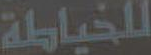
للخياطة